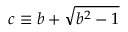
c \equiv b + \sqrt { b ^ { 2 } - 1 }